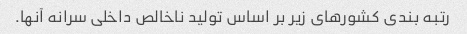
رتبه بندی کشورهای زیر بر اساس تولید ناخالص داخلی سرانه آنها.